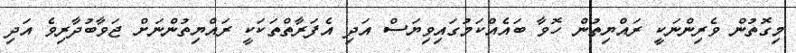
މިގޮތުން ވެރިންނަކީ ރައްޔިތުން ހޮވާ ބައެއްކަމުގައިވިޔަސް އަދި އެފަރާތްތަކަކީ ރައްޔިތުންނަށް ޖަވާބުދާރިވެ އަދި